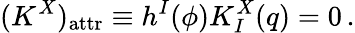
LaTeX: (K^{X})_{\mathrm{attr}}\equiv h^{I}(\phi)K_{I}^{X}(q)=0\, .